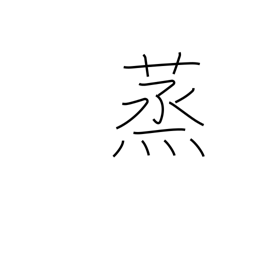
Meaning: foment